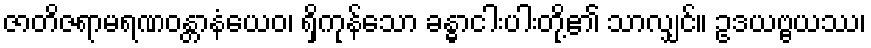
ဇာတိဇရာမရဏဝန္တာနံယေဝ၊ ရှိကုန်သော ခန္ဓာငါးပါးတို့၏ သာလျှင်။ ဥဒယဗ္ဗယဿ၊